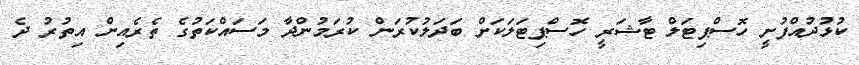
ކުޅުދުއްފުށީ ހޮސްޕިޓަލް ޓާޝަރީ ހޮސްޕިޓަލަކަށް ބަދަލުކުރަން ކުރަމުންދާ މަސައްކަތުގެ ތެރެއިން އިތުރު ދެ